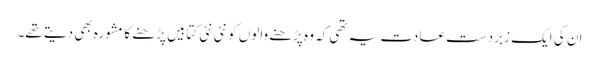
ان کی ایک زبردست عادت یہ تھی کہ وہ پڑھنے والوں کو نئی نئی کتابیں پڑھنے کا مشورہ بھی دیتے تھے۔